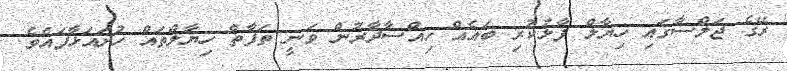
ރޭގެ ޖަލްސާގައި ހިޔާލް ފާޅުކުރި ބައެއް ހިއްސާދާރުން ވަނީ ތަފާތް ހިޔާލްތައް ހުށައަޅާފައެވެ.